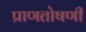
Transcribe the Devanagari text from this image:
प्राणतोषणी